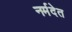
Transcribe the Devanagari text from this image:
नर्मदेत